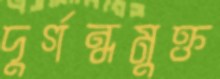
দুর্গন্ধমুক্ত